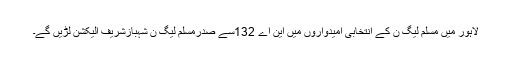
لاہور میں مسلم لیگ ن کے انتخابی امیدواروں میں این اے 132سے صدرمسلم لیگ ن شہبازشریف الیکشن لڑیں گے۔